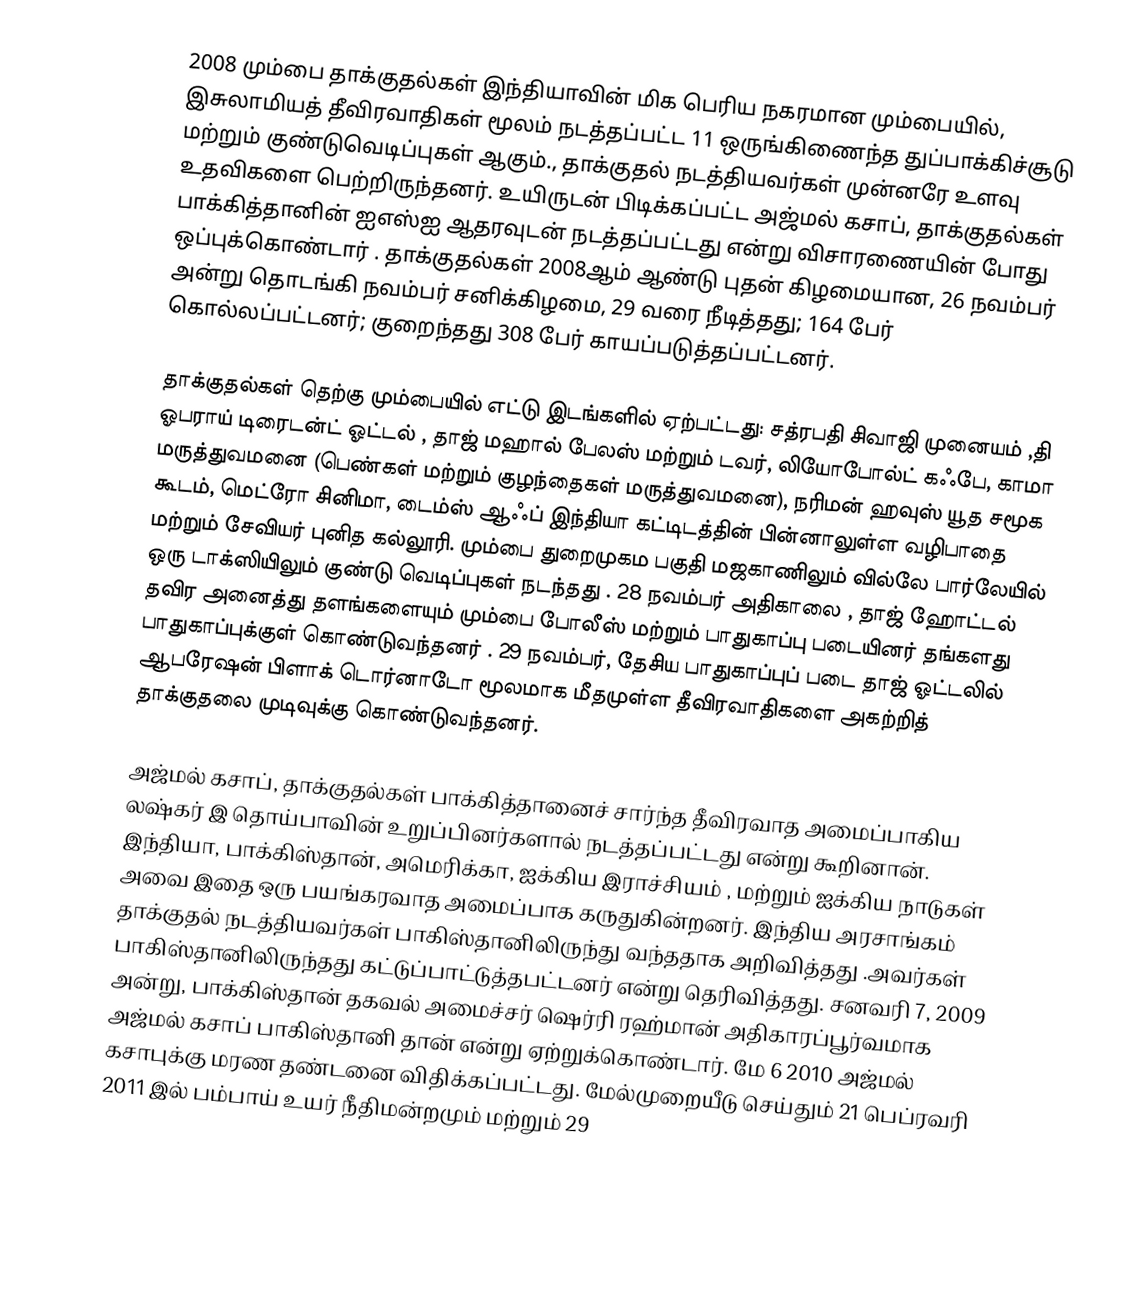
2008  மும்பை  தாக்குதல்கள் இந்தியாவின் மிக பெரிய நகரமான மும்பையில், இசுலாமியத் தீவிரவாதிகள் மூலம் நடத்தப்பட்ட 11 ஒருங்கிணைந்த துப்பாக்கிச்சூடு மற்றும்  குண்டுவெடிப்புகள் ஆகும்., தாக்குதல் நடத்தியவர்கள் முன்னரே உளவு உதவிகளை பெற்றிருந்தனர். உயிருடன் பிடிக்கப்பட்ட அஜ்மல் கசாப், தாக்குதல்கள் பாக்கித்தானின் ஐஎஸ்ஐ  ஆதரவுடன்  நடத்தப்பட்டது என்று விசாரணையின் போது ஒப்புக்கொண்டார் .  தாக்குதல்கள்  2008ஆம் ஆண்டு புதன் கிழமையான, 26  நவம்பர் அன்று தொடங்கி நவம்பர்  சனிக்கிழமை, 29 வரை நீடித்தது; 164 பேர் கொல்லப்பட்டனர்; குறைந்தது 308 பேர் காயப்படுத்தப்பட்டனர்.

தாக்குதல்கள்  தெற்கு மும்பையில்  எட்டு   இடங்களில் ஏற்பட்டது: சத்ரபதி சிவாஜி முனையம் ,தி ஓபராய் டிரைடன்ட் ஓட்டல் , தாஜ் மஹால் பேலஸ் மற்றும் டவர்,  லியோபோல்ட் கஃபே, காமா மருத்துவமனை (பெண்கள் மற்றும் குழந்தைகள் மருத்துவமனை), நரிமன் ஹவுஸ் யூத சமூக கூடம், மெட்ரோ சினிமா,  டைம்ஸ் ஆஃப்  இந்தியா  கட்டிடத்தின்  பின்னாலுள்ள வழிபாதை  மற்றும் சேவியர் புனித கல்லூரி.  மும்பை துறைமுகம பகுதி மஜகாணிலும்  வில்லே பார்லேயில்    ஒரு டாக்ஸியிலும் குண்டு வெடிப்புகள் நடந்தது .  28 நவம்பர் அதிகாலை , தாஜ் ஹோட்டல் தவிர அனைத்து தளங்களையும் மும்பை போலீஸ் மற்றும் பாதுகாப்பு படையினர் தங்களது பாதுகாப்புக்குள் கொண்டுவந்தனர்  . 29 நவம்பர், தேசிய பாதுகாப்புப் படை தாஜ் ஓட்டலில் ஆபரேஷன் பிளாக் டொர்னாடோ மூலமாக மீதமுள்ள தீவிரவாதிகளை அகற்றித் தாக்குதலை முடிவுக்கு கொண்டுவந்தனர்.

அஜ்மல் கசாப், தாக்குதல்கள்  பாக்கித்தானைச் சார்ந்த தீவிரவாத அமைப்பாகிய லஷ்கர் இ தொய்பாவின் உறுப்பினர்களால்   நடத்தப்பட்டது என்று கூறினான். இந்தியா,  பாக்கிஸ்தான், அமெரிக்கா, ஐக்கிய இராச்சியம் , மற்றும் ஐக்கிய நாடுகள் அவை இதை  ஒரு பயங்கரவாத அமைப்பாக கருதுகின்றனர். இந்திய அரசாங்கம் தாக்குதல் நடத்தியவர்கள் பாகிஸ்தானிலிருந்து  வந்ததாக அறிவித்தது .அவர்கள்  பாகிஸ்தானிலிருந்தது கட்டுப்பாட்டுத்தபட்டனர் என்று தெரிவித்தது. சனவரி 7, 2009 அன்று,  பாக்கிஸ்தான் தகவல் அமைச்சர் ஷெர்ரி ரஹ்மான் அதிகாரப்பூர்வமாக  அஜ்மல் கசாப்  பாகிஸ்தானி தான் என்று  ஏற்றுக்கொண்டார்.   மே 6   2010  அஜ்மல் கசாபுக்கு மரண   தண்டனை விதிக்கப்பட்டது. மேல்முறையீடு செய்தும்  21 பெப்ரவரி 2011 இல் பம்பாய் உயர் நீதிமன்றமும்  மற்றும் 29